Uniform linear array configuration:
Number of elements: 8
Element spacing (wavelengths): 0.75
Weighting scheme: binomial
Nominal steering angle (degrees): -60
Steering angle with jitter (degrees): -61.32
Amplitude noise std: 0.05
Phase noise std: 0.05

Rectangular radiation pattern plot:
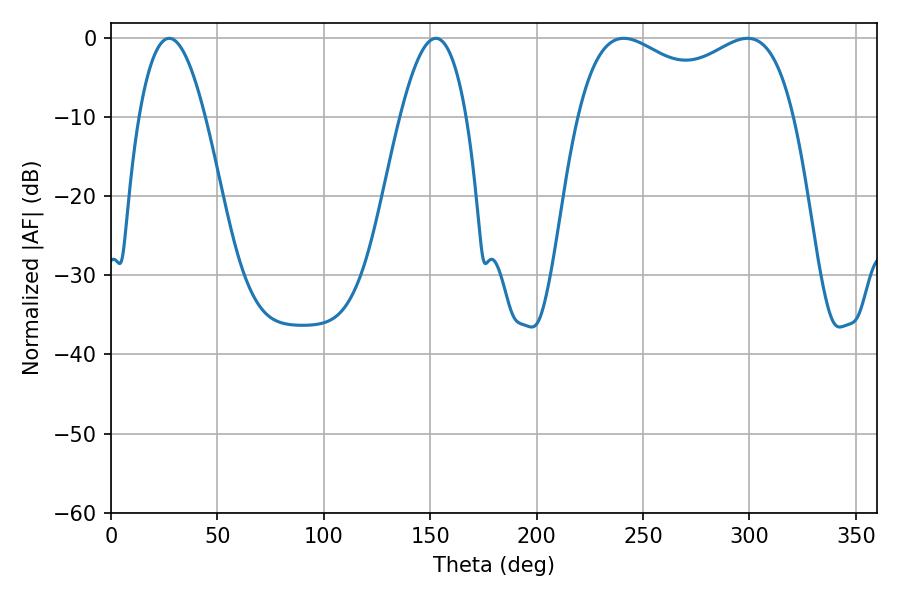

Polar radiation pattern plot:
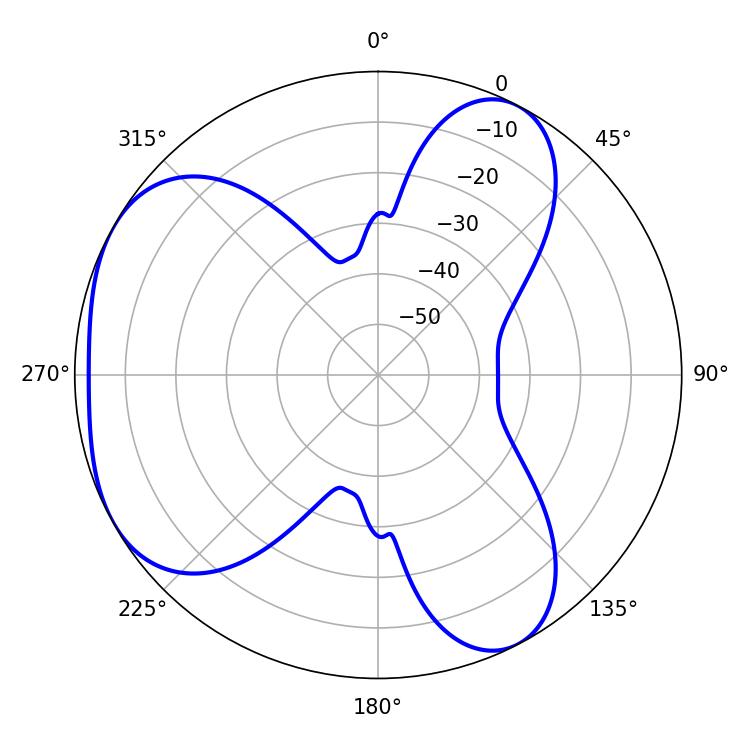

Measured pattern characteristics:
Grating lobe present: TRUE
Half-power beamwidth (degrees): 16.92
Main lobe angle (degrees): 152.64